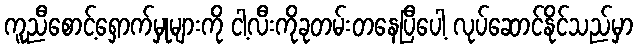
ကူညီစောင့်ရှောက်မှုများကို ငါ့လီးကိုခုတမ်းတနေပြီပေါ့ လုပ်ဆောင်နိုင်သည်မှာ